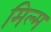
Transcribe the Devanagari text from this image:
मिल्म